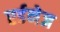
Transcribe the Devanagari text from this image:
एर्डनेज